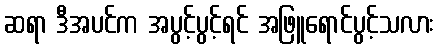
ဆရာ ဒီအပင်က အပွင့်ပွင့်ရင် အဖြူရောင်ပွင့်သလား